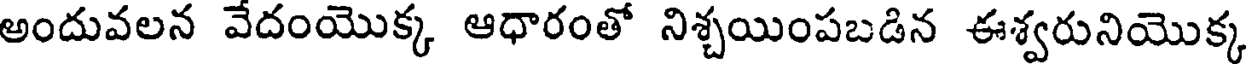
అందువలన వేదంయొక్క ఆధారంతో నిశ్చయింపబడిన ఈశ్వరునియొక్క